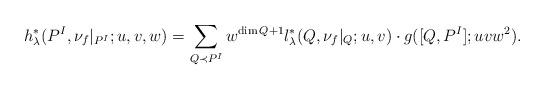
LaTeX: \begin{align*}h^{*}_{\lambda}(P^{I},\nu_{f}|_{P^{I}} ;u,v,w) =\sum_{Q \prec P^{I}}w^{\dim Q+1}l^{*}_{\lambda}(Q, \nu_{f}|_{Q};u,v) \cdot g([Q,P^{I}];uvw^2).\end{align*}